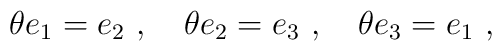
\theta e_1=e_2~,~~~\theta e_2=e_3~,~~~\theta e_3=e_1~,